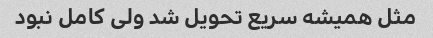
مثل همیشه سریع تحویل شد ولی کامل نبود